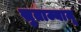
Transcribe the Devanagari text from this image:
सुताज्यामू